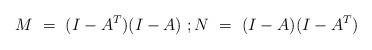
LaTeX: \begin{align*}M \ = \ (I-A^T)(I-A)\ ; N \ = \ (I-A)(I-A^T)\end{align*}